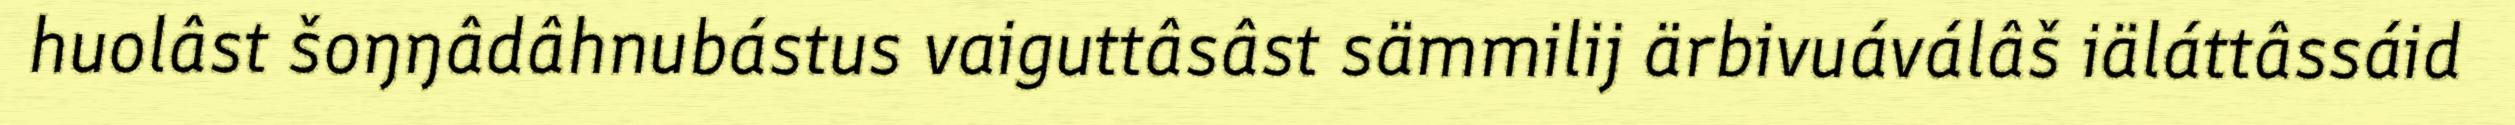
huolâst šoŋŋâdâhnubástus vaiguttâsâst sämmilij ärbivuáválâš iäláttâssáid